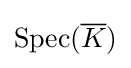
{\textrm {Spec}}({\overline {K}})